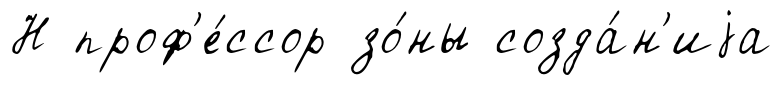
Н проф'е́ссор зо́ны созда́н'иjа